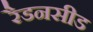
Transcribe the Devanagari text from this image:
रैडनसीड